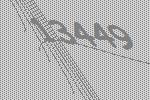
13449